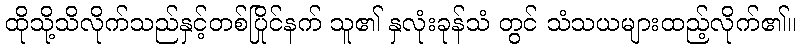
ထိုသို့သိလိုက်သည်နှင့်တစ်ပြိုင်နက် သူ၏ နှလုံးခုန်သံ တွင် သံသယများထည့်လိုက်၏။